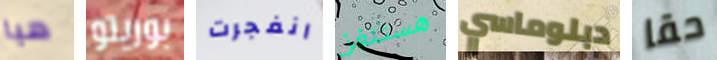
هيا بوريتو انفجرت هستنغز دبلوماسي حقا